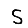
Digit: 5